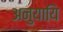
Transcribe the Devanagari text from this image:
अनुयायि